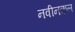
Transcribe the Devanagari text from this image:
नवीनकल